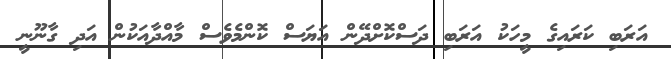
އަރަބި ކަރައިގެ މީހަކު އަރަބި ދަސްކޮށްދޭން އަޔަސް ކޮންމެވެސް މާއްދާއަކުން އަދި ގާނޫނީ